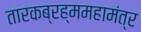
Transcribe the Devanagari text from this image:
तारकब्रह्ममहामंत्र